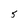
Character: 5